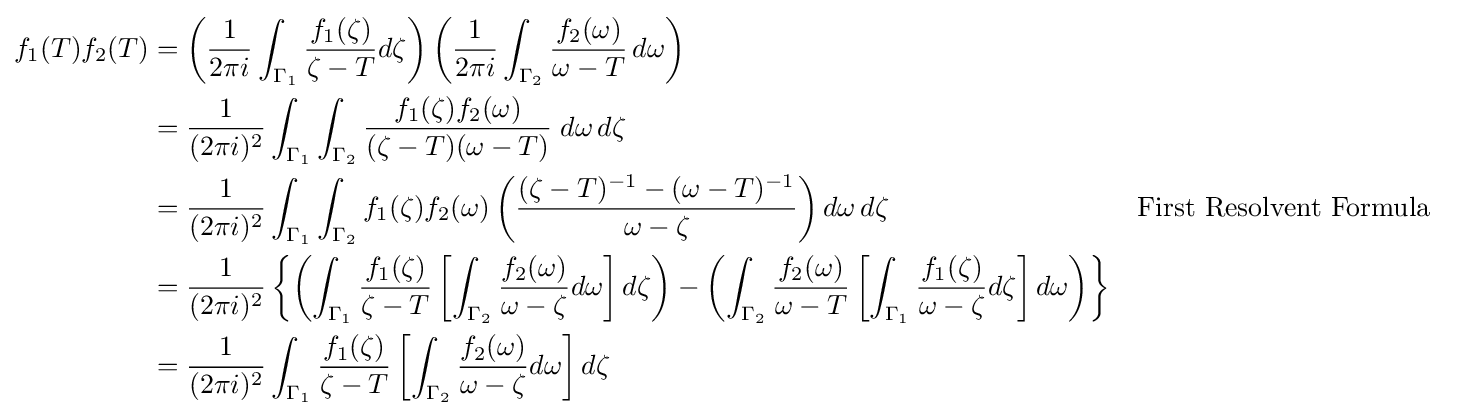
{\begin{aligned}f_{1}(T)f_{2}(T)&=\left({\frac {1}{2\pi i}}\int _{\Gamma _{1}}{\frac {f_{1}(\zeta )}{\zeta -T}}d\zeta \right)\left({\frac {1}{2\pi i}}\int _{\Gamma _{2}}{\frac {f_{2}(\omega )}{\omega -T}}\,d\omega \right)\\&={\frac {1}{(2\pi i)^{2}}}\int _{\Gamma _{1}}\int _{\Gamma _{2}}{\frac {f_{1}(\zeta )f_{2}(\omega )}{(\zeta -T)(\omega -T)}}\;d\omega \,d\zeta \\&={\frac {1}{(2\pi i)^{2}}}\int _{\Gamma _{1}}\int _{\Gamma _{2}}f_{1}(\zeta )f_{2}(\omega )\left({\frac {(\zeta -T)^{-1}-(\omega -T)^{-1}}{\omega -\zeta }}\right)d\omega \,d\zeta &&{\text{First Resolvent Formula}}\\&={\frac {1}{(2\pi i)^{2}}}\left\{\left(\int _{\Gamma _{1}}{\frac {f_{1}(\zeta )}{\zeta -T}}\left[\int _{\Gamma _{2}}{\frac {f_{2}(\omega )}{\omega -\zeta }}d\omega \right]d\zeta \right)-\left(\int _{\Gamma _{2}}{\frac {f_{2}(\omega )}{\omega -T}}\left[\int _{\Gamma _{1}}{\frac {f_{1}(\zeta )}{\omega -\zeta }}d\zeta \right]d\omega \right)\right\}\\&={\frac {1}{(2\pi i)^{2}}}\int _{\Gamma _{1}}{\frac {f_{1}(\zeta )}{\zeta -T}}\left[\int _{\Gamma _{2}}{\frac {f_{2}(\omega )}{\omega -\zeta }}d\omega \right]d\zeta \end{aligned}}